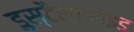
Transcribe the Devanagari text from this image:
डुस्टैस्टराइड